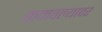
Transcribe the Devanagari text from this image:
कमवल्यावर